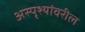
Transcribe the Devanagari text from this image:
अस्पृश्यांवरील